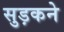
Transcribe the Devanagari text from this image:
सुड़कने